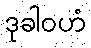
ဒုခါဝဟံ